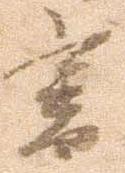
書